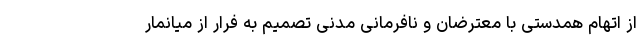
از اتهام همدستی با معترضان و نافرمانی مدنی تصمیم به فرار از میانمار